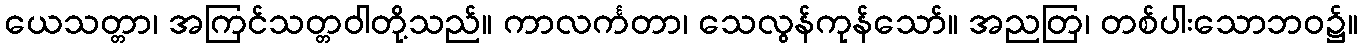
ယေသတ္တာ၊ အကြင်သတ္တဝါတို့သည်။ ကာလင်္ကတာ၊ သေလွန်ကုန်သော်။ အညတြ၊ တစ်ပါးသောဘဝ၌။